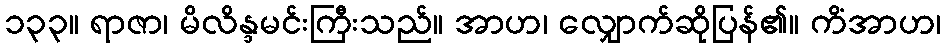
၁၃၃။ ရာဇာ၊ မိလိန္ဒမင်းကြီးသည်။ အာဟ၊ လျှောက်ဆိုပြန်၏။ ကိံအာဟ၊